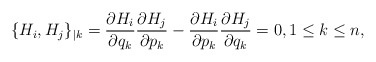
\begin{gather*} \{H_i,H_j\}_{\vert k}=\frac{\partial H_i}{\partial q_k}\frac{\partial H_j}{\partial p_k}-\frac{\partial H_i}{\partial p_k}\frac{\partial H_j}{\partial q_k}=0 , 1\le k \le n,\end{gather*}